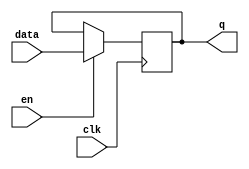
module latch (
    input wire clk,
    input wire en,
    input wire data,
    output reg q
);

always @ (posedge clk) begin
    if(en) begin
        q <= data;
    end
end

endmodule